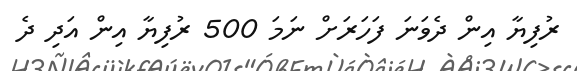
ރުފިޔާ އިން ދެވަނަ ފަހަރަށް ނަމަ 500 ރުފިޔާ އިން އަދި ދެ